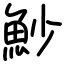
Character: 魦